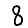
Digit: 8